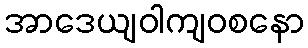
အာဒေယျဝါကျဝစနော